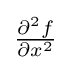
{\textstyle {\frac {\partial ^{2}f}{\partial x^{2}}}}